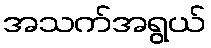
အသက်အရွယ်